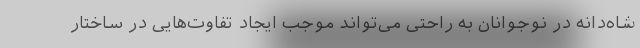
شاه‌دانه در نوجوانان به راحتی می‌تواند موجب ایجاد تفاوت‌هایی در ساختار